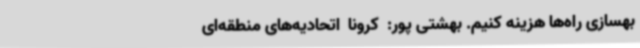
بهسازی راه‌ها هزینه کنیم. بهشتی پور:  کرونا  اتحادیه‌های منطقه‌ای